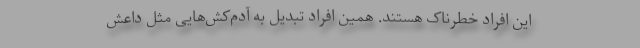
این افراد خطرناک هستند. همین افراد تبدیل به آدم‌کش‌هایی مثل داعش